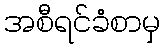
အစီရင်ခံစာမှ